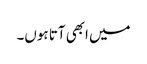
میں ابھی آتا ہوں۔